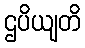
ဌပိယျတိ